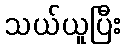
သယ်ယူပြီး